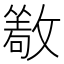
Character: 𰕔